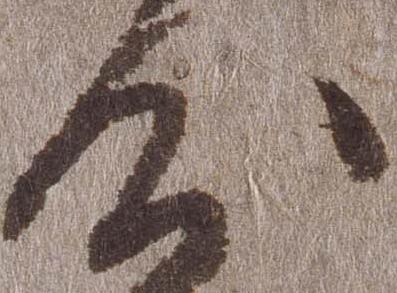
沙